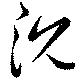
沈